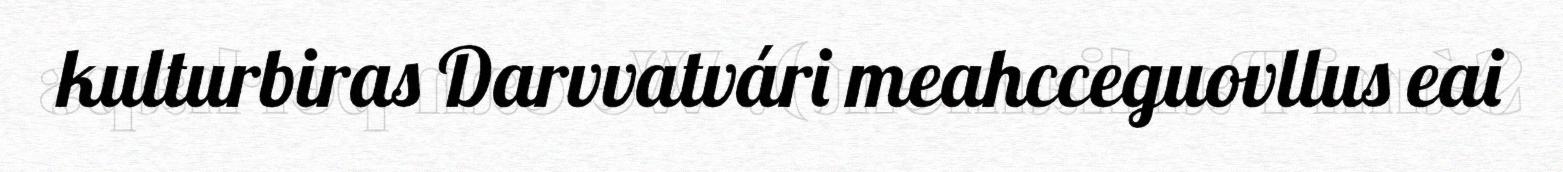
kulturbiras Darvvatvári meahcceguovllus eai